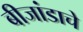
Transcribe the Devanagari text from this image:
बीजांडाचे